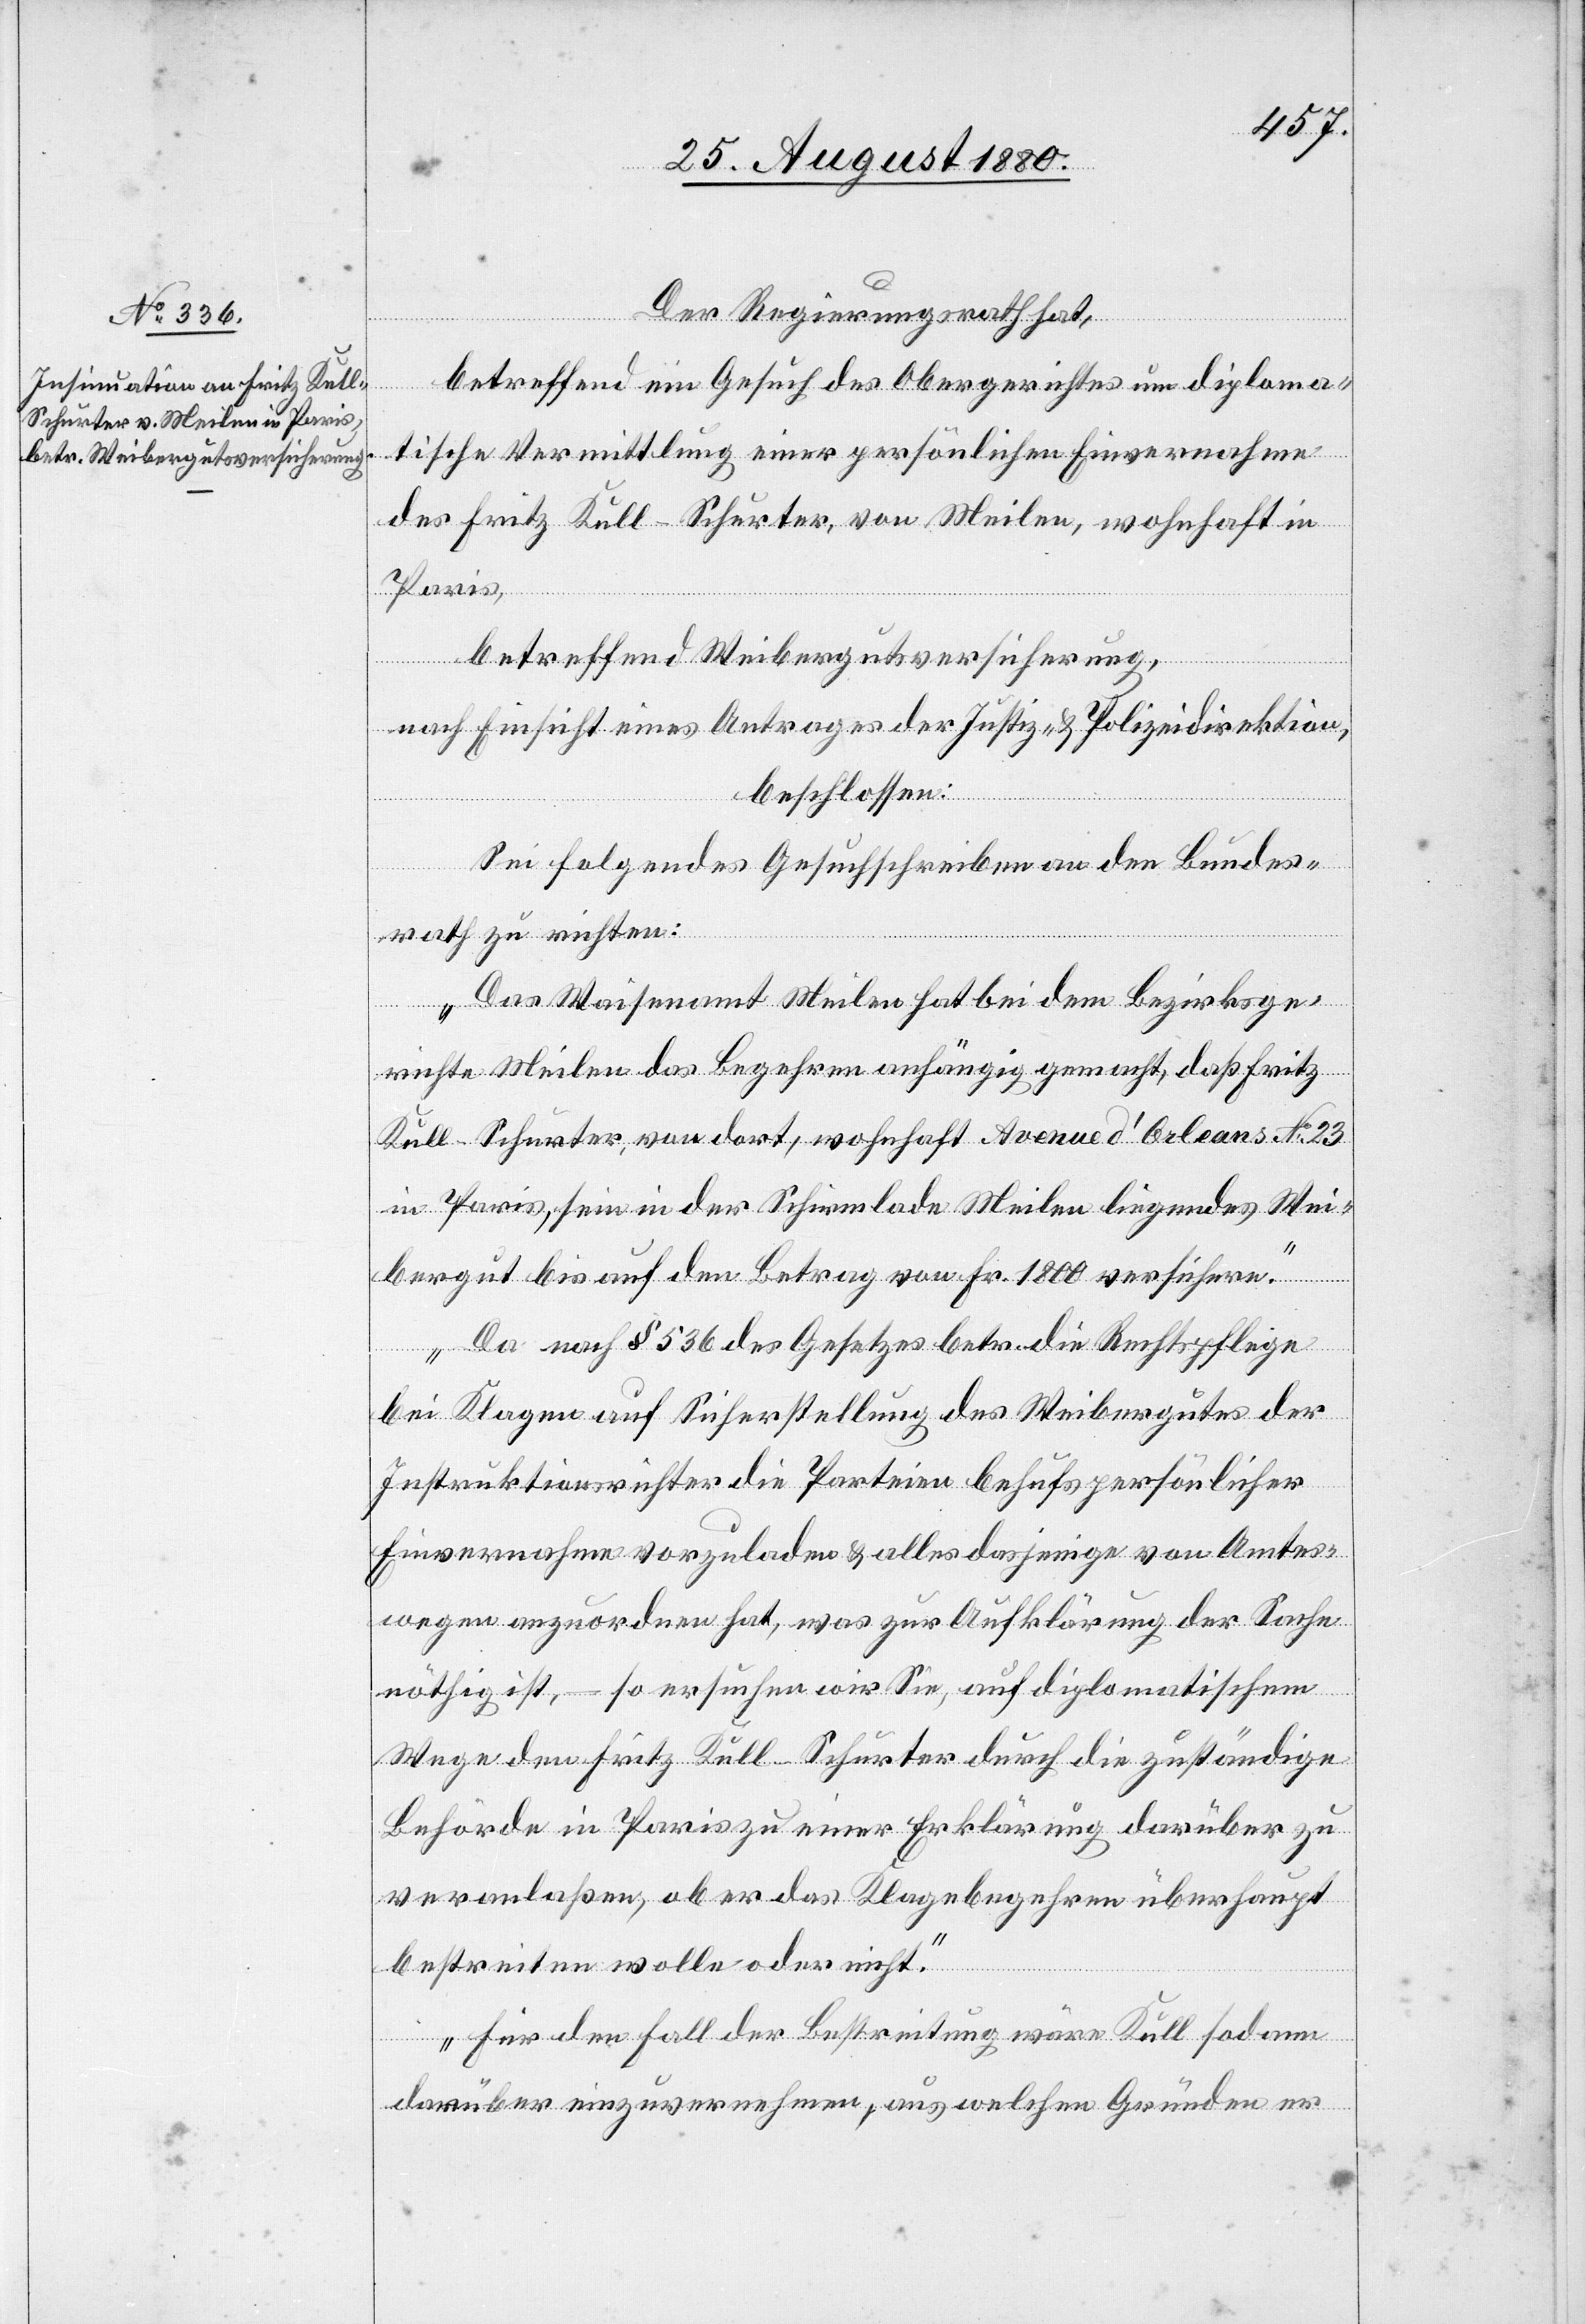
Der Regierungsrath hat,
betreffend ein Gesuch des Obergerichtes um diploma¬
tische Vermittlung einer persönlichen Einvernahme
des Fritz Kull-Schurter von Meilen, wohnhaft in
Paris,
betreffend Weibergutsversicherung,
nach Einsicht eines Antrages der Justiz- & Polizeidirektion,
beschlossen:
Sei folgendes Gesuchschreiben an den Bundes¬
rath zu richten:
„Das Waisenamt Meilen hat bei dem Bezirksge¬
richte Meilen das Begehren anhängig gemacht, daß Fritz
Kull-Schurter, von dort, wohnhaft Avenue d’Orleans No 23
in Paris, sein in der Schirmlade Meilen liegendes Wei¬
bergut bis auf den Betrag von Fr. 1800 versichere.
Da nach § 536 des Gesetzes betr. die Rechtspflege
bei Klagen auf Sicherstellung des Weibergutes der
Instruktionsrichter die Parteien behufs persönlicher
Einvernahme vorzuladen & alles dasjenige von Amtes
wegen anzuordnen hat, was zur Aufklärung der Sache
nöthig ist, – so ersuchen wir Sie, auf diplomatischem
Wege den Fritz Kull-Schurter durch die zuständige
Behörde in Paris zu einer Erklärung darüber zu
veranlaßen, ob er Klagebegehren überhaupt
bestreiten wolle oder nicht.
Für den Fall der Bestreitung wäre Kull sodann
darüber einzuvernehmen, aus welchen Gründen er